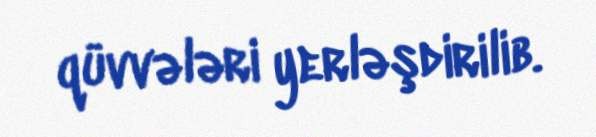
qüvvələri yerləşdirilib.